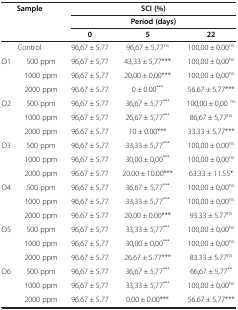
<table><thead><tr><td colspan="2"><b>Sample</b></td><td colspan="3"><b>SCI (%)</b></td></tr><tr><td colspan="2"><b> </b></td><td colspan="3"><b>Period (days)</b></td></tr><tr><td colspan="2"><b> </b></td><td><b>0</b></td><td><b>5</b></td><td><b>22</b></td></tr></thead><tbody><tr><td colspan="2">Control</td><td>96,67 ± 5,77</td><td>96,67 ± 5,77<sup>ns</sup></td><td>100,00 ± 0.00<sup>ns</sup></td></tr><tr><td rowspan="3">O1</td><td>500 ppm</td><td>96,67 ± 5,77</td><td>43,33 ± 5,77***</td><td>100,00 ± 0,00<sup>ns</sup></td></tr><tr><td>1000 ppm</td><td>96,67 ± 5,77</td><td>20,00 ± 0,00***</td><td>100,00 ± 0,00<sup>ns</sup></td></tr><tr><td>2000 ppm</td><td>96.67 ± 5.77</td><td>0 ± 0.00<sup>***</sup></td><td>56.67 ± 5.77***</td></tr><tr><td rowspan="3">O2</td><td>500 ppm</td><td>96,67 ± 5,77</td><td>36,67 ± 5,77<sup>***</sup></td><td>100,00 ± 0,00 <sup>ns</sup></td></tr><tr><td>1000 ppm</td><td>96,67 ± 5,77</td><td>26,67 ± 5,77<sup>***</sup></td><td>86,67 ± 5,77<sup>ns</sup></td></tr><tr><td>2000 ppm</td><td>96.67 ± 5.77</td><td>10 ± 0.00***</td><td>33.33 ± 5.77***</td></tr><tr><td rowspan="3">O3</td><td>500 ppm</td><td>96,67 ± 5,77</td><td>33,33 ± 5,77<sup>***</sup></td><td>100,00 ± 0.00<sup>ns</sup></td></tr><tr><td>1000 ppm</td><td>96,67 ± 5,77</td><td>30,00 ± 0,00<sup>***</sup></td><td>100,00 ± 0,00<sup>ns</sup></td></tr><tr><td>2000 ppm</td><td>96.67 ± 5.77</td><td>20.00 ± 10.00***</td><td>63.33 ± 11.55*</td></tr><tr><td rowspan="3">O4</td><td>500 ppm</td><td>96,67 ± 5,77</td><td>36,67 ± 5,77<sup>***</sup></td><td>100,00 ± 0,00<sup>ns</sup></td></tr><tr><td>1000 ppm</td><td>96,67 ± 5,77</td><td>33,33 ± 5,77<sup>***</sup></td><td>100,00 ± 0,00<sup>ns</sup></td></tr><tr><td>2000 ppm</td><td>96.67 ± 5.77</td><td>20.00 ± 0.00***</td><td>93.33 ± 5.77<sup>ns</sup></td></tr><tr><td rowspan="3">O5</td><td>500 ppm</td><td>96,67 ± 5,77</td><td>33,33 ± 5,77<sup>***</sup></td><td>100,00 ± 0,00<sup>ns</sup></td></tr><tr><td>1000 ppm</td><td>96,67 ± 5,77</td><td>30,00 ± 0,00<sup>***</sup></td><td>100,00 ± 0,00<sup>ns</sup></td></tr><tr><td>2000 ppm</td><td>96.67 ± 5.77</td><td>26.67 ± 5.77***</td><td>83.33 ± 5.77<sup>ns</sup></td></tr><tr><td rowspan="2">O6</td><td>500 ppm</td><td>96,67 ± 5,77</td><td>36,67 ± 5,77<sup>***</sup></td><td>66,67 ± 5,77<sup>**</sup></td></tr><tr><td>1000 ppm</td><td>96,67 ± 5,77</td><td>33,33 ± 5,77<sup>***</sup></td><td>100,00 ± 0,00<sup>ns</sup></td></tr><tr><td> </td><td>2000 ppm</td><td>96.67 ± 5.77</td><td>0.00 ± 0.00***</td><td>56.67 ± 5.77***</td></tr></tbody></table>